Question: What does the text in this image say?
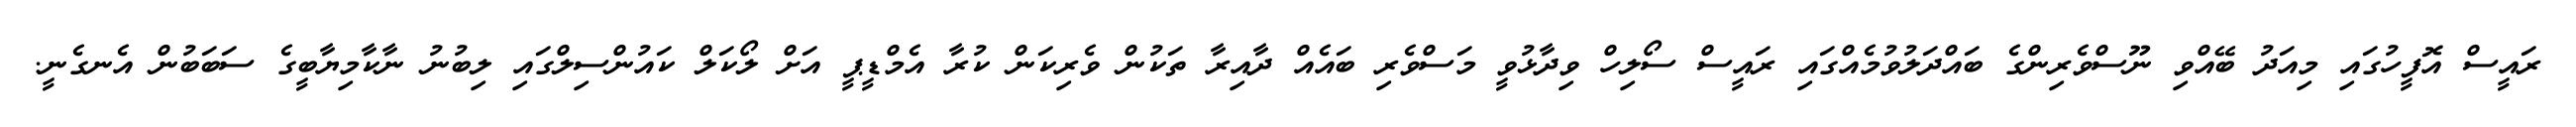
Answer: ރައީސް އޮފީހުގައި މިއަދު ބޭއްވި ނޫސްވެރިންގެ ބައްދަލުވުމެއްގައި ރައީސް ސޯލިހް ވިދާޅުވީ މަސްވެރި ބައެއް ދާއިރާ ތަކުން ވެރިކަން ކުރާ އެމްޑީޕީ އަށް ލޯކަލް ކައުންސިލްގައި ލިބުނު ނާކާމިޔާބީގެ ސަބަބުން އެނގެނީ.